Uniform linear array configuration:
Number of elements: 64
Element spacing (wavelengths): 0.25
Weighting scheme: exponential
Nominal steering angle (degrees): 15
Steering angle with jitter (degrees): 16.7
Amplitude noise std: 0.05
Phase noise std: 0.05

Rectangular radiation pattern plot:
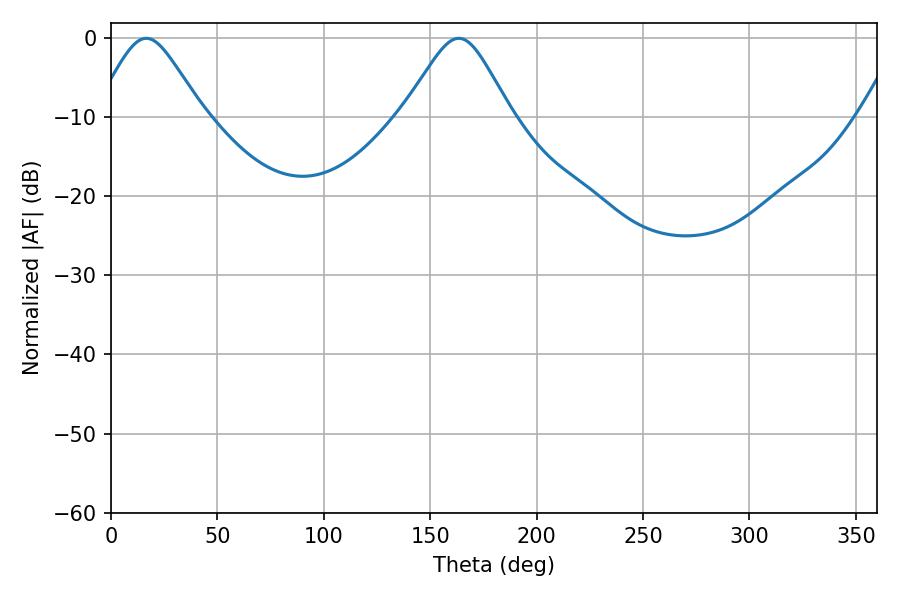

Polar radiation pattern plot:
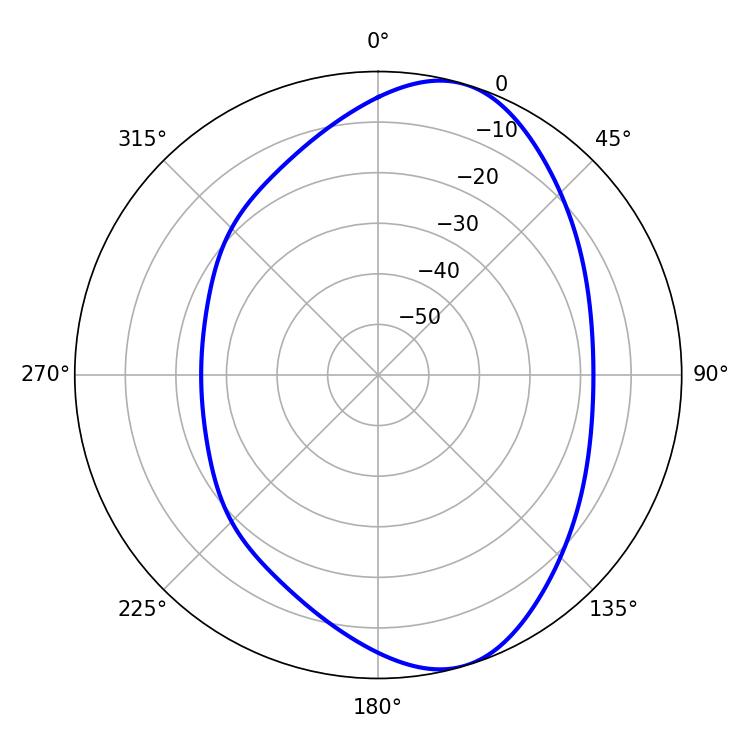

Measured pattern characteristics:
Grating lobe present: FALSE
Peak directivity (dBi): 8.084
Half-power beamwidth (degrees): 24.48
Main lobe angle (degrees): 16.56